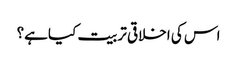
اس کی اخلاقی تربیت کیاہے؟